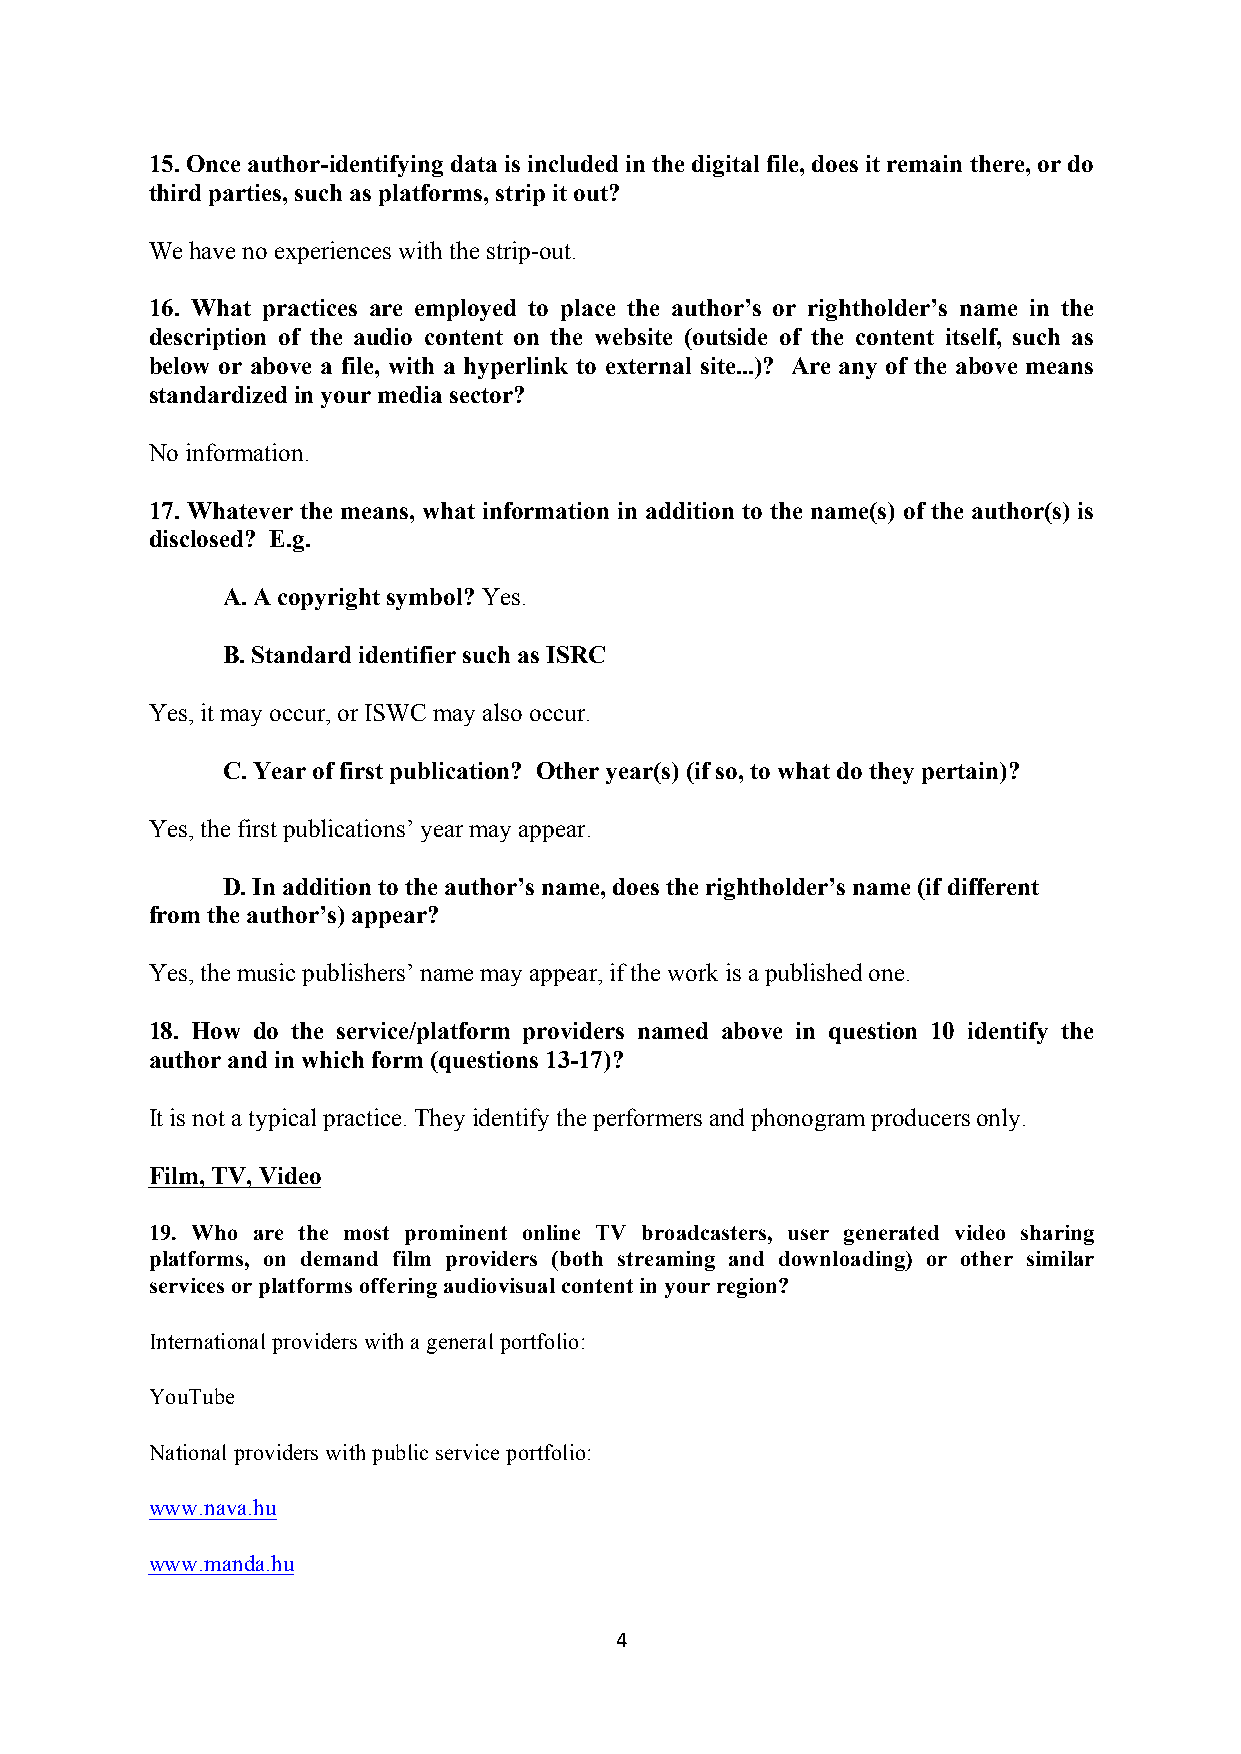
15. Once author-identifying data is included in the digital file, does it remain there, or do
 third parties, such as platforms, strip it out?
 We have no experiences with the strip-out.
 16. What practices are employed to place the author’s or rightholder’s name in the
 description of the audio content on the website (outside of the content itself, such as
 below or above a file, with a hyperlink to external site...)? Are any of the above means
 standardized in your media sector?
 No information.
 17. Whatever the means, what information in addition to the name(s) of the author(s) is
 disclosed? E.g.
 A. A copyright symbol? Yes.
 B. Standard identifier such as ISRC
 Yes, it may occur, or ISWC may also occur.
 C. Year of first publication? Other year(s) (if so, to what do they pertain)?
 Yes, the first publications’ year may appear.
 D. In addition to the author’s name, does the rightholder’s name (if different
 from the author’s) appear?
 Yes, the music publishers’ name may appear, if the work is a published one.
 18. How do the service/platform providers named above in question 10 identify the
 author and in which form (questions 13-17)?
 It is not a typical practice. They identify the performers and phonogram producers only.
 Film, TV, Video
 19. Who are the most prominent online TV broadcasters, user generated video sharing
 platforms, on demand film providers (both streaming and downloading) or other similar
 services or platforms offering audiovisual content in your region?
 International providers with a general portfolio:
 YouTube
 National providers with public service portfolio:
 www.nava.hu
 www.manda.hu
 4